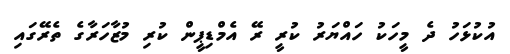
އުކުޅަހު ދެ މީހަކު ހައްޔަރު ކުރީ ރޭ އެމްޑިޕީން ކުރި މުޒާހަރާގެ ތެރޭގައި